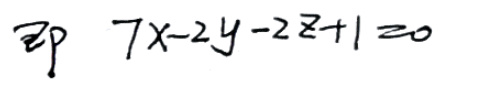
即 \(7x - 2y - 2z + 1 = 0\)